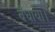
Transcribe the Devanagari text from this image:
बँधाया।